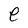
Character: e